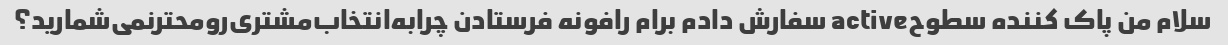
سلام من پاک کننده سطوحactive سفارش دادم برام رافونه فرستادن چرابه‌انتخاب‌مشتری‌رومحترنمی‌شمارید؟